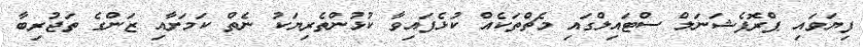
ފިޔަވައި ޕްރޮފެޝަނަލް ސްޓައިލްގައި މެޗްތަކެއް ކުޅެފައިވާ ކުޅުންތެރިޔަކު ނެތް ކަމަށާއި ޒަންގެ ތަޖުރިބާ